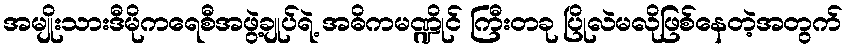
အမျိုးသားဒီမိုကရေစီအဖွဲ့ချုပ်ရဲ့ အဓိကမဏ္ဍိုင် ကြီးတခု ပြိုလဲမလိုဖြစ်နေတဲ့အတွက်